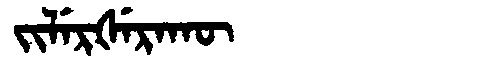
Manchu: ᠵᡳᠯᡝᡵᡧᡝᡵᠠᡴᡡ
Romanization: JILERŠERAKŪ